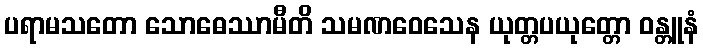
ပရာမသတော သောဓေဿာမီတိ သမဏဝေသေန ယုတ္တပယုတ္တော ဝန္တူနံ